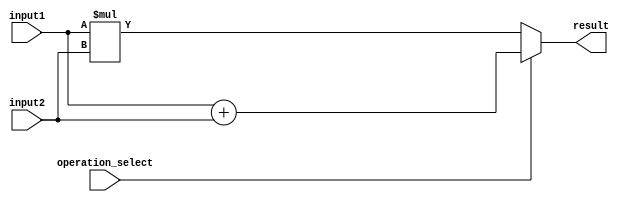
module double_precision_floating_point_unit (
    input wire [63:0] input1,
    input wire [63:0] input2,
    input wire operation_select,
    output wire [63:0] result
);

reg [63:0] result_addition;
reg [63:0] result_multiplication;

always @ (input1 or input2 or operation_select) begin
    if (operation_select) begin
        // Addition operation
        result_addition = input1 + input2;
        // Perform alignment and rounding here
        result = result_addition;
    end else begin
        // Multiplication operation
        result_multiplication = input1 * input2;
        // Consider sign, mantissa, and exponent here
        result = result_multiplication;
    end
end

endmodule